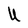
Character: U